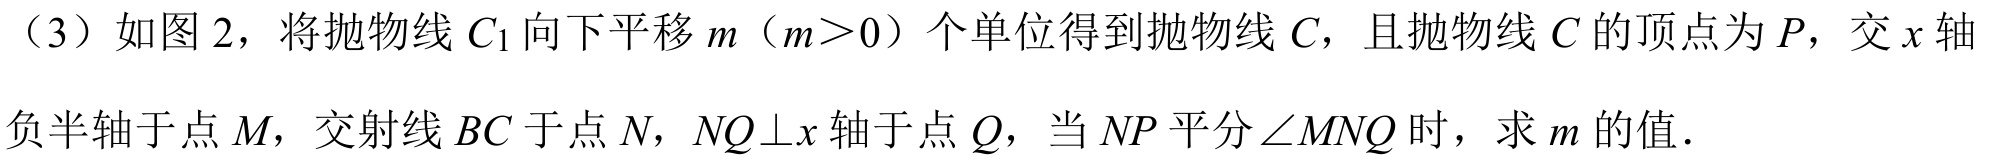
（3）如图2，将抛物线$C_{1}$向下平移$m（m > 0）$个单位得到抛物线$C$，且抛物线$C$的顶点为$P$，交$x$轴负半轴于点$M$，交射线$BC$于点$N$，$NQ\perp x$轴于点$Q$，当$NP$平分$\angle MNQ$时，求$m$的值．